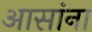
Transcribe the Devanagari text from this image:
आसांना